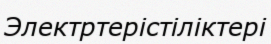
Электртерістіліктері